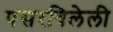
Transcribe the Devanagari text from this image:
पसरविलेली